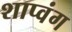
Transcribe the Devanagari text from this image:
शाप्वंग